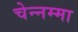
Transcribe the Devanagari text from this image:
चेन्‍नम्‍मा